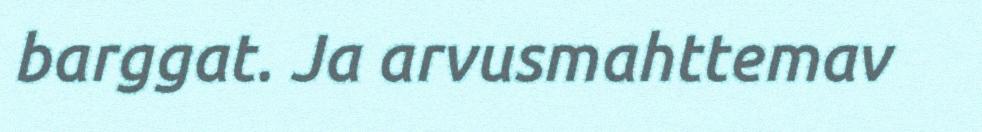
barggat. Ja arvusmahttemav